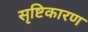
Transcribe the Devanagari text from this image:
सृष्टिकारण